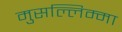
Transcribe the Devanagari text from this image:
मुसल्लिम्मा